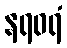
နရဝရံ